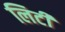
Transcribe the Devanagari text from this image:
लिटी